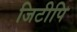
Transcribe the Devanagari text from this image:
जिटीपि